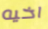
اخيه